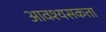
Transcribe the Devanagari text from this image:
आवश्यसकता